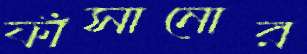
ফাঁসানোর